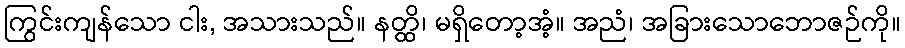
ကြွင်းကျန်သော ငါး, အသားသည်။ နတ္ထိ၊ မရှိတော့အံ့။ အညံ၊ အခြားသောဘောဇဉ်ကို။